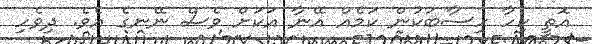
އޮތީ ކިހާ ހިސާބަކުން ކަމެއް އޭނާ އަކަށް ވެސް ނޭނގެ އެވެ. ދިވެހި